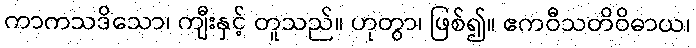
ကာကသဒိသော၊ ကျီးနှင့် တူသည်။ ဟုတွာ၊ ဖြစ်၍။ ဧကဝီသတိဝိဓာယ၊